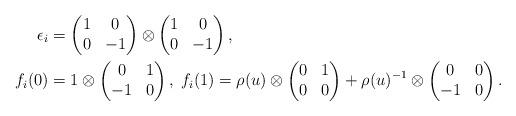
LaTeX: \begin{align*}\epsilon_i&=\begin{pmatrix}1&0\\0&-1\end{pmatrix}\otimes \begin{pmatrix}1&0\\0&-1\end{pmatrix}, \\f_i(0)&=1\otimes \begin{pmatrix}0&1\\-1&0\end{pmatrix},\;f_i(1)= \rho(u)\otimes \begin{pmatrix}0&1\\0&0\end{pmatrix}+\rho(u)^{-1}\otimes \begin{pmatrix}0&0\\-1&0\end{pmatrix}. \end{align*}